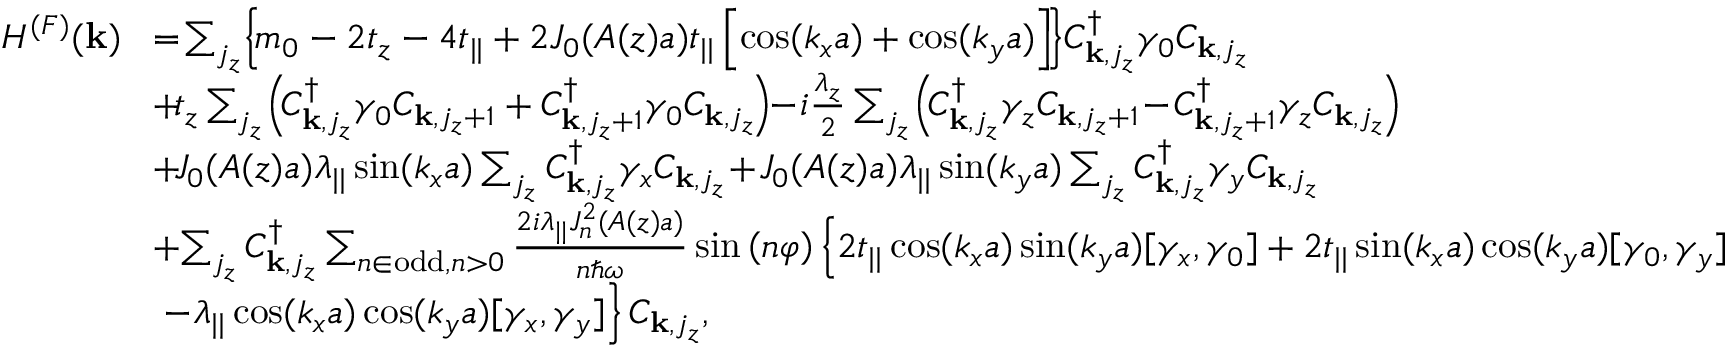
\begin{array} { r l } { H ^ { ( F ) } ( { \bf k } ) } & { \! = \! \sum _ { j _ { z } } \! \left\{ \! m _ { 0 } - 2 t _ { z } - 4 t _ { | | } + 2 { \cal J } _ { 0 } ( A ( z ) a ) t _ { | | } \left[ \cos ( k _ { x } a ) + \cos ( k _ { y } a ) \right] \! \right\} \! C _ { { \bf k } , j _ { z } } ^ { \dagger } \gamma _ { 0 } C _ { { \bf k } , j _ { z } } } \\ & { \! + \! t _ { z } \sum _ { j _ { z } } \! \left( \! C _ { { \bf k } , j _ { z } } ^ { \dagger } \gamma _ { 0 } C _ { { \bf k } , j _ { z } + 1 } + C _ { { \bf k } , j _ { z } + 1 } ^ { \dagger } \gamma _ { 0 } C _ { { \bf k } , j _ { z } } \! \right) \! \! - \! i \frac { \lambda _ { z } } { 2 } \sum _ { j _ { z } } \! \left( \! C _ { { \bf k } , j _ { z } } ^ { \dagger } \gamma _ { z } C _ { { \bf k } , j _ { z } + 1 } \! - \! C _ { { \bf k } , j _ { z } + 1 } ^ { \dagger } \gamma _ { z } C _ { { \bf k } , j _ { z } } \! \right) \! } \\ & { \! + \! { \cal J } _ { 0 } ( A ( z ) a ) \lambda _ { | | } \sin ( k _ { x } a ) \sum _ { j _ { z } } C _ { { \bf k } , j _ { z } } ^ { \dagger } \gamma _ { x } C _ { { \bf k } , j _ { z } } \! + \! { \cal J } _ { 0 } ( A ( z ) a ) \lambda _ { | | } \sin ( k _ { y } a ) \sum _ { j _ { z } } C _ { { \bf k } , j _ { z } } ^ { \dagger } \gamma _ { y } C _ { { \bf k } , j _ { z } } } \\ & { \! + \! \sum _ { j _ { z } } C _ { { \bf k } , j _ { z } } ^ { \dagger } \sum _ { n \in \mathrm { o d d } , n > 0 } \frac { 2 i \lambda _ { | | } { \cal J } _ { n } ^ { 2 } ( A ( z ) a ) } { n \hbar \omega } \sin \left( n \varphi \right) \left\{ 2 t _ { | | } \cos ( k _ { x } a ) \sin ( k _ { y } a ) [ \gamma _ { x } , \gamma _ { 0 } ] + 2 t _ { | | } \sin ( k _ { x } a ) \cos ( k _ { y } a ) [ \gamma _ { 0 } , \gamma _ { y } ] \right. } \\ & { \left. - \lambda _ { | | } \cos ( k _ { x } a ) \cos ( k _ { y } a ) [ \gamma _ { x } , \gamma _ { y } ] \right\} C _ { { \bf k } , j _ { z } } , } \end{array}